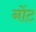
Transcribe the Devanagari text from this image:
नोंट